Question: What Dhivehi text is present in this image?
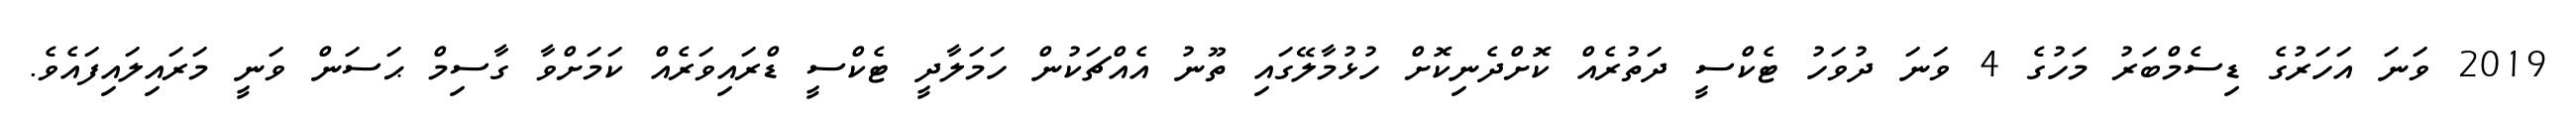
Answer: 2019 ވަނަ އަހަރުގެ ޑިސެމްބަރު މަހުގެ 4 ވަނަ ދުވަހު ޓެކްސީ ދަތުރެއް ކޮށްދެނިކޮށް ހުޅުމާލޭގައި ތޫނު އެއްޗަކުން ހަމަލާދީ ޓެކްސީ ޑްރައިވަރެއް ކަމަށްވާ ގާސިމް ޙަސަން ވަނީ މަރައިލައިފައެވެ.